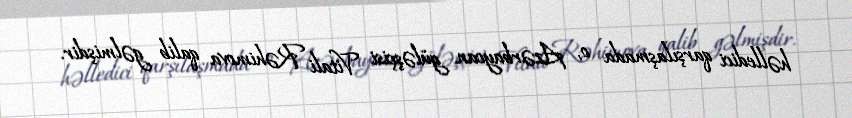
həlledici qarşılaşmada o, Azərbaycan güləşçisi Vitali Rəhimova qalib gəlmişdir.